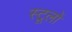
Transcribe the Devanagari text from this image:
स्टूलों